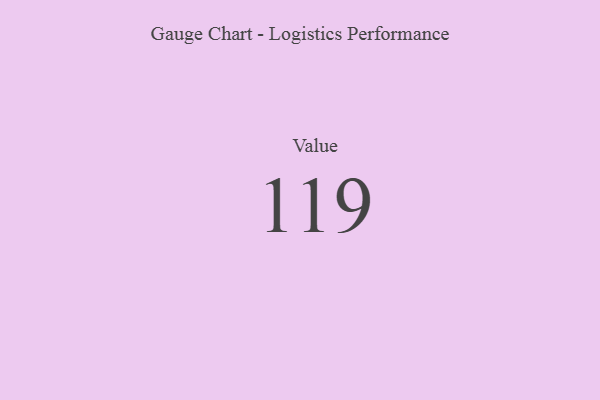
{"axis": {"x": "Metric", "y": "Value"}, "legend": [""], "data": [{"x": "Value", "y": 119, "type": ""}]}